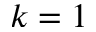
k = 1